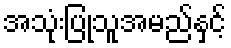
အသုံးပြုသူအမည်နှင့်